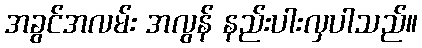
အခွင်အလမ်း အလွန် နည်းပါးလှပါသည်။